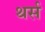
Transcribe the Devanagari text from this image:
थर्स